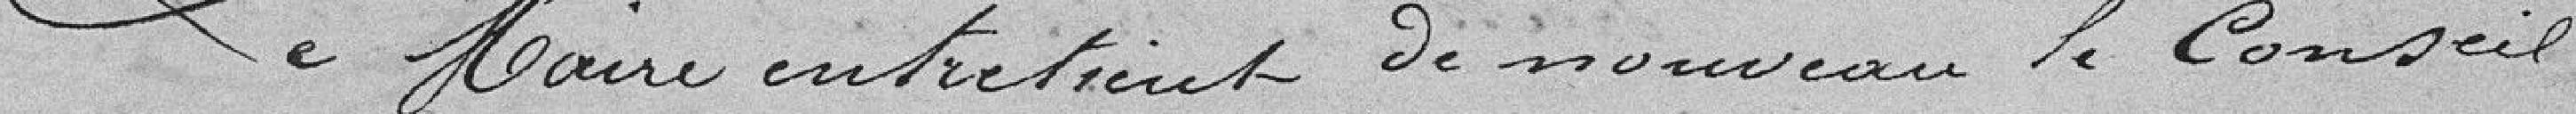
Le Maire entretient de nouveau le Conseil